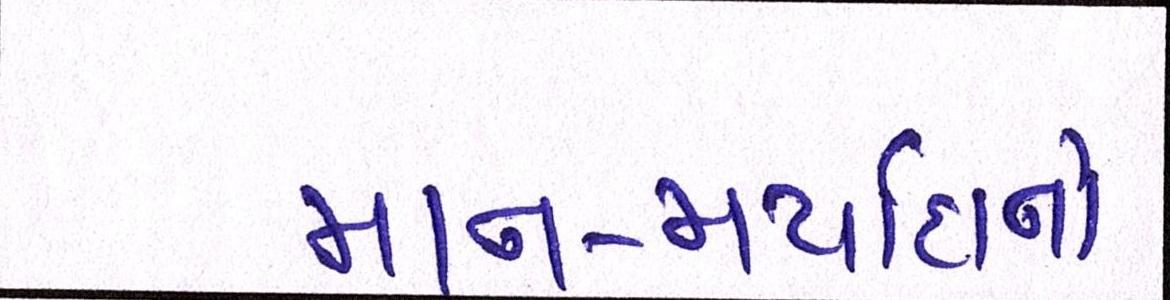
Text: માન-મર્યાદાનો